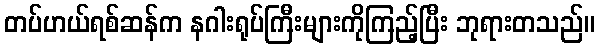
တပ်ဟယ်ရစ်ဆန်က နဂါးရုပ်ကြီးများကိုကြည့်ပြီး ဘုရားတသည်။